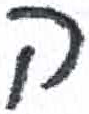
אות: ה